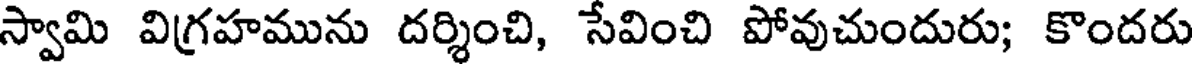
స్వామి విగ్రహమును దర్శించి, సేవించి పోవుచుందురు; కొందరు